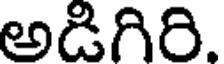
అడిగిరి.